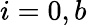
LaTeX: i=0,b